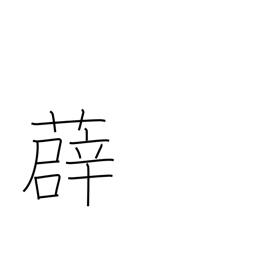
Meaning: type of vine